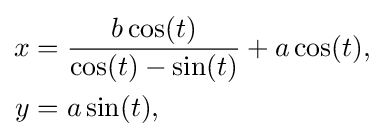
{\begin{aligned}x&={\frac {b\cos(t)}{\cos(t)-\sin(t)}}+a\cos(t),\\y&=a\sin(t),\end{aligned}}